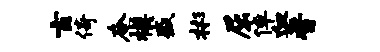
玄倚奄模盛彬屈倬血晋